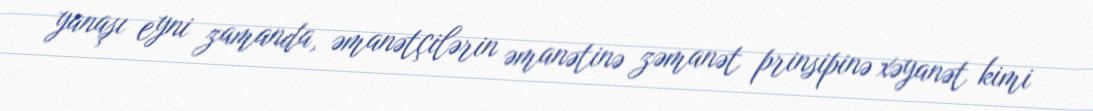
yanaşı eyni zamanda, əmanətçilərin əmanətinə zəmanət prinsipinə xəyanət kimi